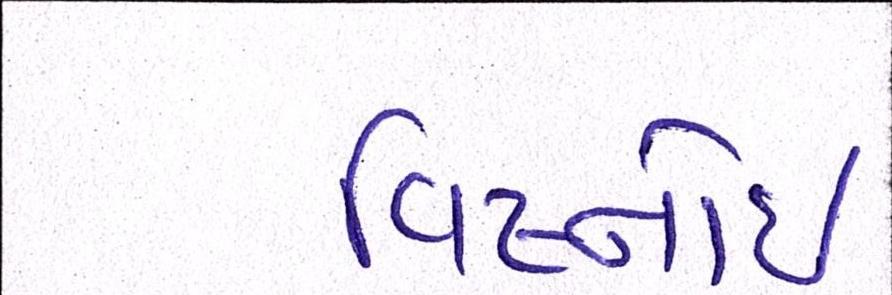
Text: વિષ્નોઈ